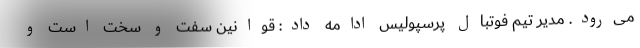
می‌رود. مدیر تیم فوتبال پرسپولیس ادامه داد: قوانین سفت و سخت است و